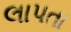
લાપતા